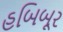
હબિબૂર